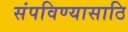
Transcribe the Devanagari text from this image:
संपविण्यासाठि